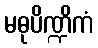
မဓုပိဏ္ဍိကံ